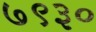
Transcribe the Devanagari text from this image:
७९३०